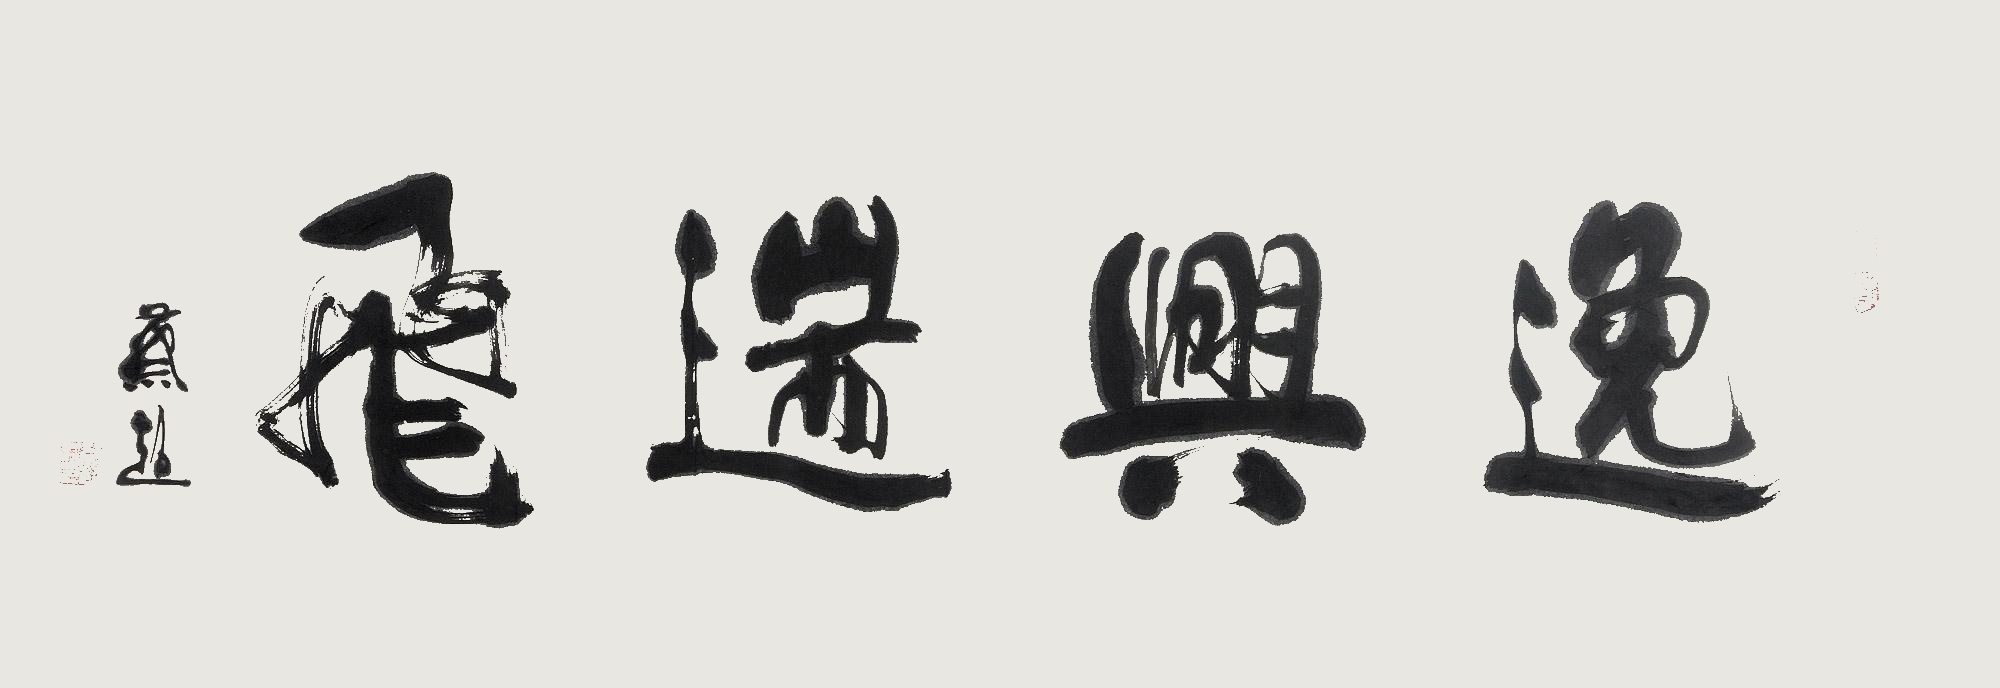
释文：逸兴遄飞。蔡超。